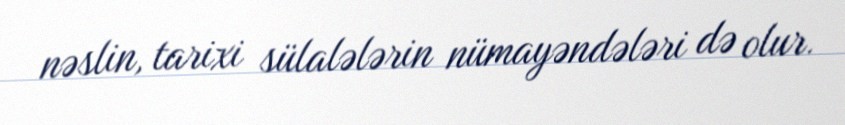
nəslin, tarixi sülalələrin nümayəndələri də olur.